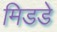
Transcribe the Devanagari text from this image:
मिडडे